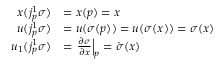
{ \begin{array} { r l } { x ( j _ { p } ^ { 1 } \sigma ) } & { = x ( p ) = x } \\ { u ( j _ { p } ^ { 1 } \sigma ) } & { = u ( \sigma ( p ) ) = u ( \sigma ( x ) ) = \sigma ( x ) } \\ { u _ { 1 } ( j _ { p } ^ { 1 } \sigma ) } & { = \left. { \frac { \partial \sigma } { \partial x } } \right| _ { p } = { \dot { \sigma } } ( x ) } \end{array} }